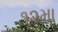
૧૨મા